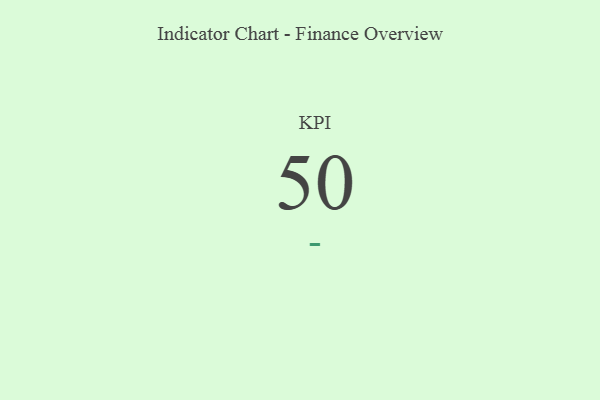
{"axis": {"x": "KPI", "y": "Value"}, "legend": [""], "data": [{"x": "KPI", "y": 50, "type": ""}]}